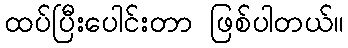
ထပ်ပြီးပေါင်းတာ ဖြစ်ပါတယ်။